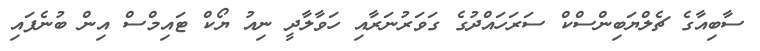
ސާބިއާގެ ޗެލްޔަބިންސްކް ސަރަހައްދުގެ ގަވަރުނަރާއި ހަވާލާދީ ނިއު ޔޯކް ޓައިމްސް އިން ބުނެފައި